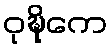
ဝုဍ္ဎိကေ